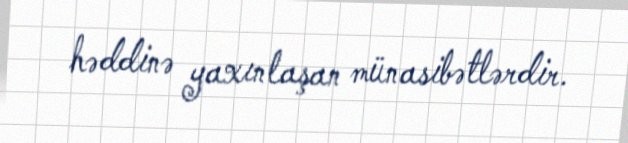
həddinə yaxınlaşan münasibətlərdir.